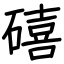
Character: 礂